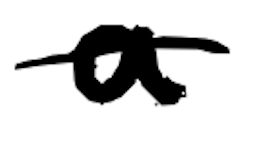
Text: a
Cross-out: single-line
Writing tool: digital_black